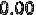
0.00